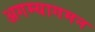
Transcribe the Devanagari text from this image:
अगम्यागमन